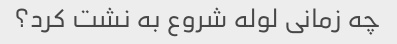
چه زمانی لوله شروع به نشت کرد؟